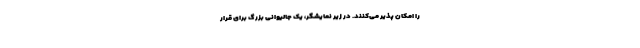
را امکان پذیر می‌کنند. در زیر نمایشگر، یک جالیوانی بزرگ برای قرار